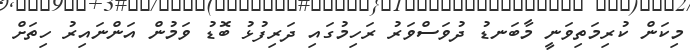
މިކަން ކުރިމަތިވަނީ މާބަނޑު ދުވަސްވަރު ރަހިމުގައި ދަރިފުޅު ބޮޑު ވަމުން އަންނައިރު ހިތަށް